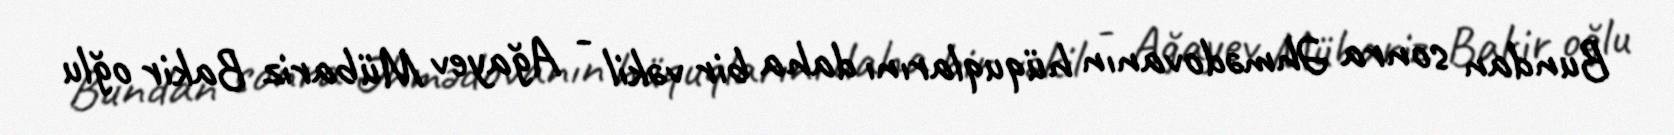
Bundan sonra Əhmədovanın hüquqlarını daha bir vəkil - Ağayev Mübariz Bakir oğlu